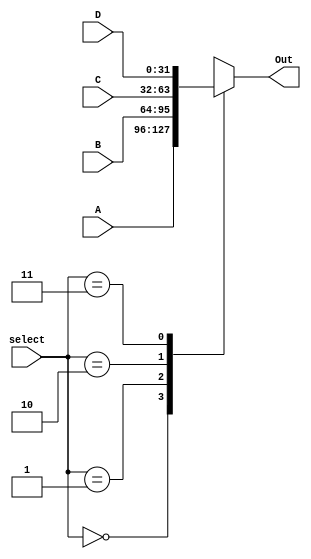
module MUX4 (
	input [31:0] A, 
	input [31:0] B, 
	input [31:0] C, 
	input [31:0] D,
	input [1:0]  select, 
	output reg [31:0] Out);

always@(*) begin
	case(select)
		2'b00: Out <= A;
		2'b01: Out <= B;
		2'b10: Out <= C;
		2'b11: Out <= D;
	endcase
end 
endmodule